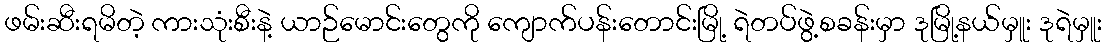
ဖမ်းဆီးရမိတဲ့ ကားသုံးစီးနဲ့ ယာဉ်မောင်းတွေကို ကျောက်ပန်းတောင်းမြို့ ရဲတပ်ဖွဲ့စခန်းမှာ ဒုမြို့နယ်မှူး ဒုရဲမှူး